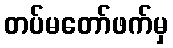
တပ်မတော်ဖက်မှ